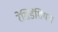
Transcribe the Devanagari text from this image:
रेसिडेंशियल